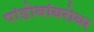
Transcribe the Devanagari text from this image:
पांडोबांबरोबर